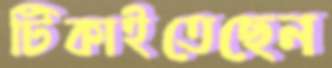
টিকাইতেছেন